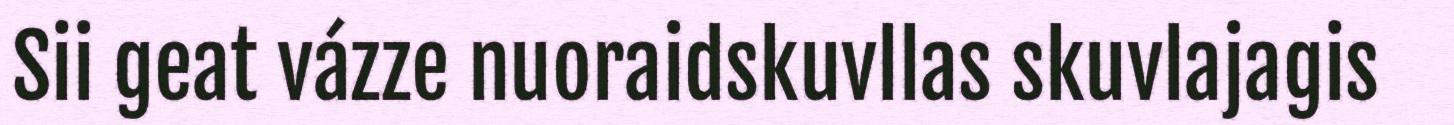
Sii geat vázze nuoraidskuvllas skuvlajagis